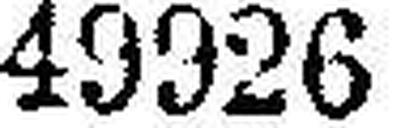
49926